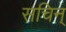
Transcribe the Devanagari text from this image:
सचिन्